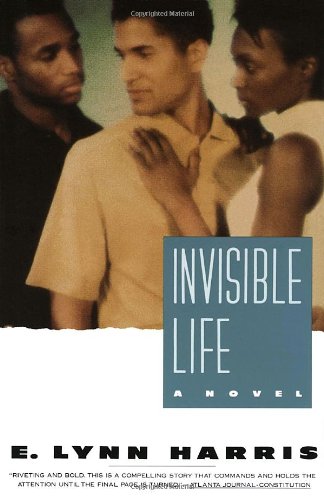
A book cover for Invisible Life: A Novel; E. Lynn Harris; Romance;